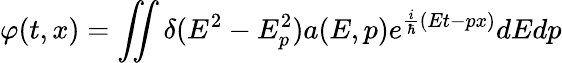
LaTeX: \varphi(t,x)=\iint\delta(E^{2}-E_{p}^{2})a(E,p)e^{\frac{i}{\hbar}(Et-px)}dEdp